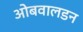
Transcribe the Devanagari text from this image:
ओबवालडन